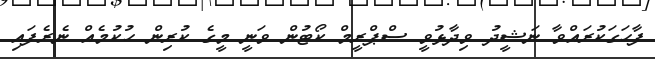
ފާހަގަކުރައްވާ ނަޝީދު ވިދާޅުވީ ސްޕްރީމް ކޯޓުން ވަނީ މީގެ ކުރިން ހުކުމެއް ނެރެފައި